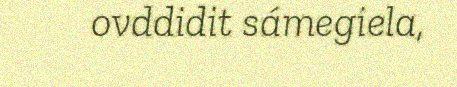
ovddidit sámegiela,